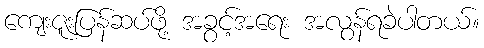
ကျေးဇူးပြန်ဆပ်ဖို့ အခွင့်အရေး အလွန်ရခဲပါတယ်။